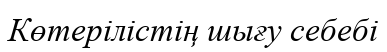
Көтерілістің шығу себебі